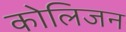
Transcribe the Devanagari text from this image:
कोलिजन